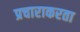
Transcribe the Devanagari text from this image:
प्रचाराकरता